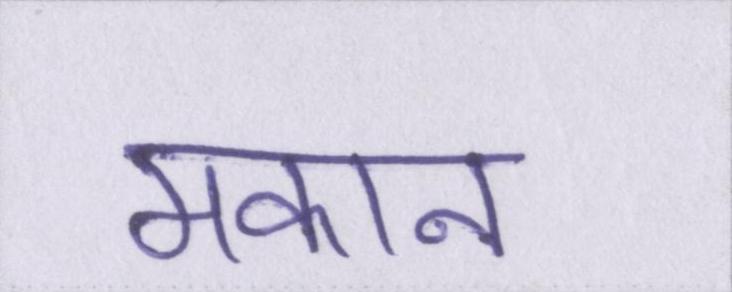
मकान